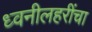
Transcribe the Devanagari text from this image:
ध्वनीलहरींचा